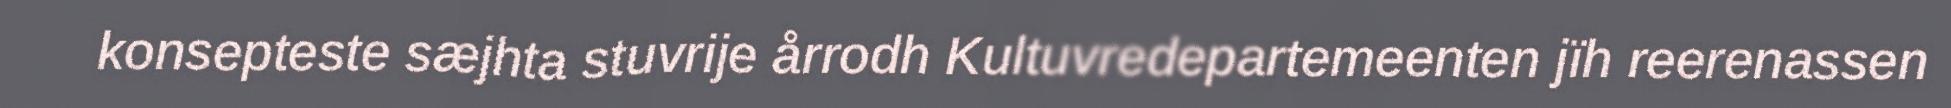
konsepteste sæjhta stuvrije årrodh Kultuvredepartemeenten jïh reerenassen